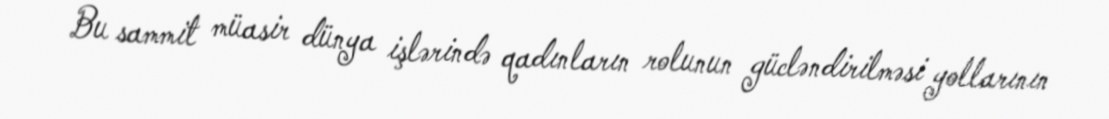
Bu sammit müasir dünya işlərində qadınların rolunun gücləndirilməsi yollarının